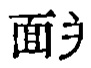
$\mathbb{H}$